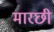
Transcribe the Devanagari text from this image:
मारछी